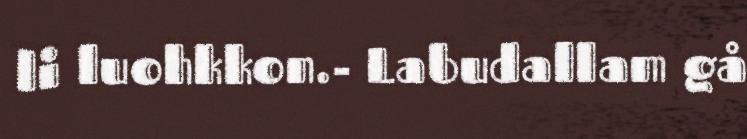
li luohkkon.- Labudallam gå